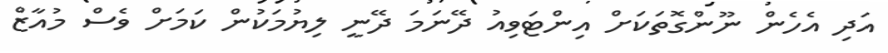
އަދި އެހެން ނޫންގޮތަކަށް އިންޓަވިއު ދޭނަމަ ދޭނީ ލިޔުމަކުން ކަމަށް ވެސް މުއާޒް